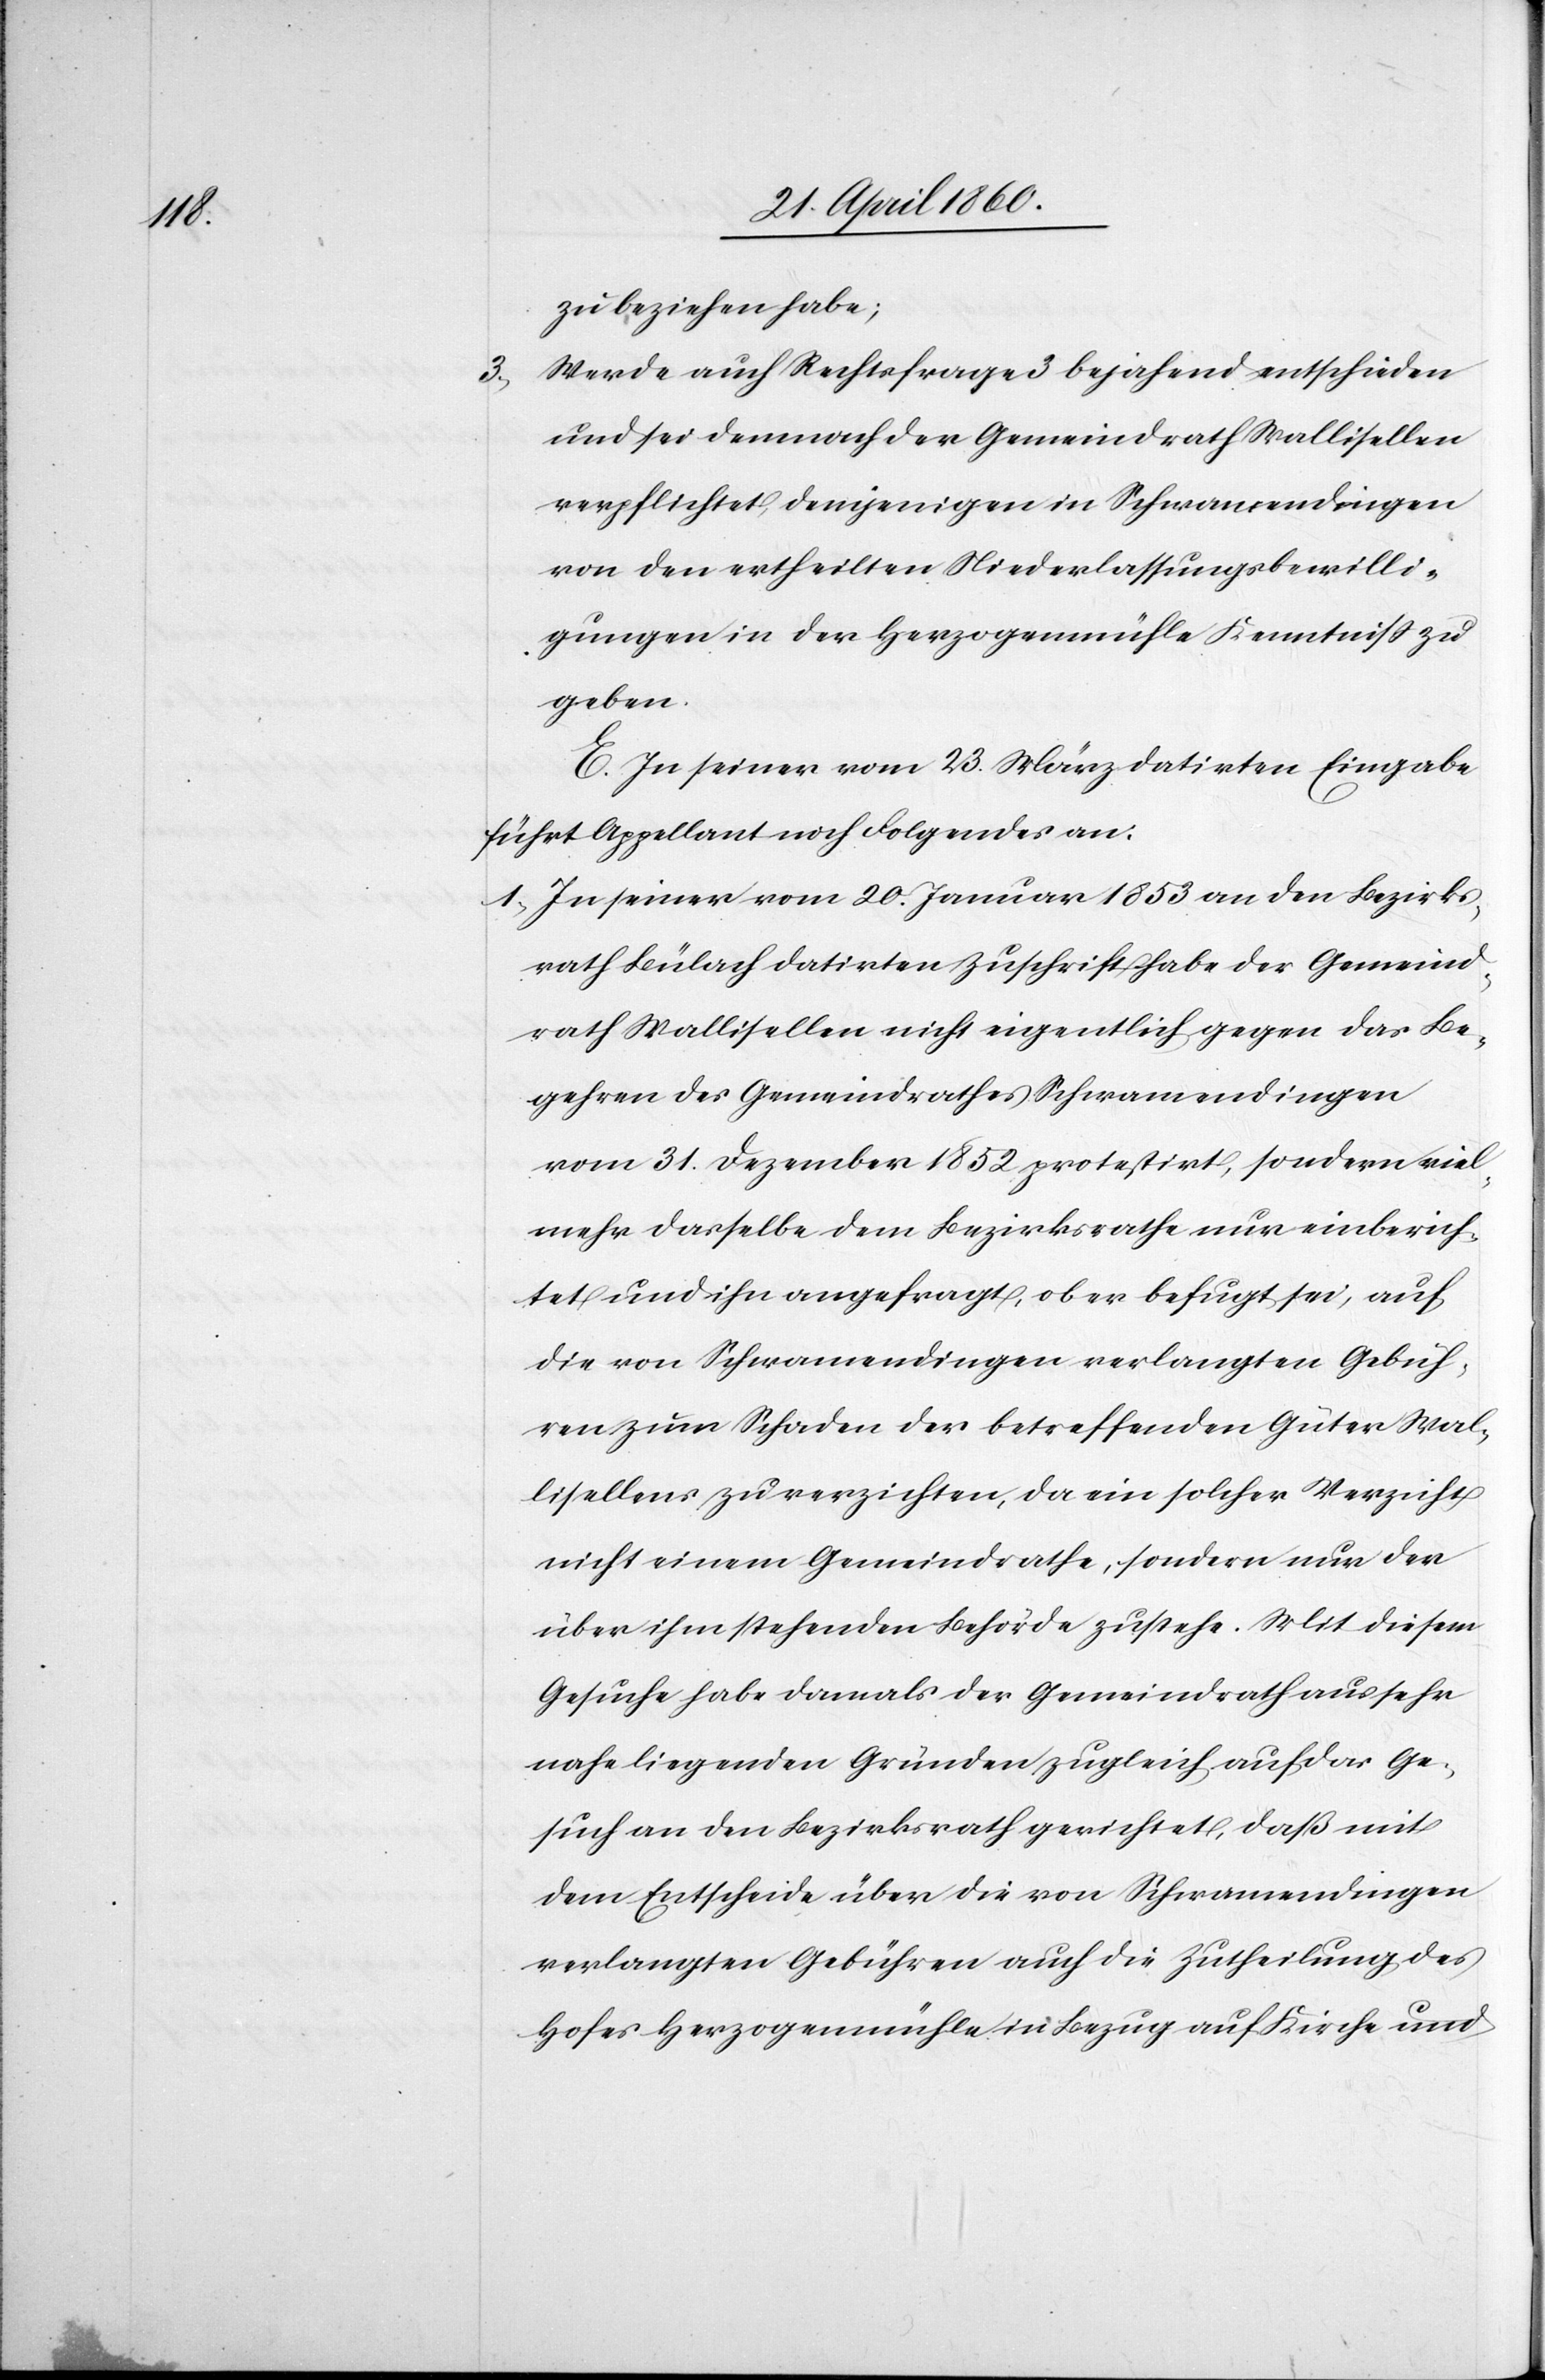
3.

zu beziehen habe;
Werde auch Rechtsfrage 3 bejahend entschieden
und sei demnach der Gemeindrath Wallisellen
verpflichtet, demjenigen in Schwamendingen
von den ertheilten Niederlassungsbewilli¬
gungen in der Herzogenmühle Kenntniss zu
geben.
E. In seiner vom 23. März datirten Eingabe
führt Appellant noch Folgendes an:
1. In seiner vom 20. Januar 1853 an den Bezirks¬
rath Bülach datirten Zuschrift habe der Gemeind¬
rath Wallisellen nicht eigentlich gegen das Be¬
gehren des Gemeindrathes Schwamendingen
vom 31. Dezember 1852 protestirt, sondern viel¬
mehr dasselbe dem Bezirksrathe nur einberich¬
tet und ihn angefragt, ob er befugt sei, auch
die von Schwamendingen verlangten Gebüh¬
ren zum Schaden der betreffenden Güter Wal¬
lisellens zu verzichten, da ein solcher Verzicht
nicht einem Gemeindrathe, sondern nur der
über ihm stehenden Behörde zu stehe. Mit diesem
Gesuche habe damals der Gemeindrath aus sehr
nahe liegenden Gründen zugleich auf das Ge¬
such an den Bezirksrath gerichtet, dass mit
dem Entscheide über die von Schwamendingen
verlangten Gebühren auch die Zutheilung des
Hofes Herzogenmühle in Bezug auf Kirche und